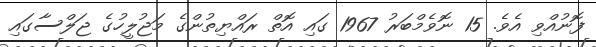
ފޮނުއްވި އެވެ. 15 ނޮވެމްބަރު 1967 ގައި އޮތް ރައްޔިތުންގެ މަޖުލީހުގެ ޖަލްސާގައި